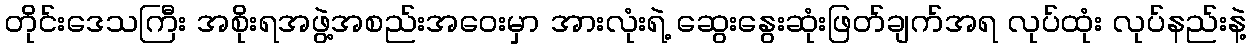
တိုင်းဒေသကြီး အစိုးရအဖွဲ့အစည်းအဝေးမှာ အားလုံးရဲ့ ဆွေးနွေးဆုံးဖြတ်ချက်အရ လုပ်ထုံး လုပ်နည်းနဲ့